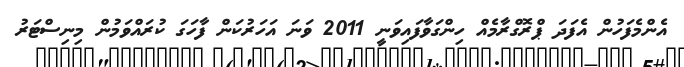
އެންމެފަހުން އެފަދަ ޕްރޮގްރާމެއް ހިންގަވާފައިވަނީ 2011 ވަނަ އަހަރުކަން ފާހަގަ ކުރައްވަމުން މިނިސްޓަރު